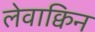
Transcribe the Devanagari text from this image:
लेवाक्विन